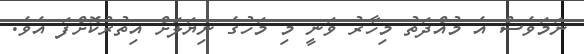
ނަމަވެސް އެ މުއްދަތު މިހާރު ވަނީ މި މަހުގެ ނިޔަލަށް އިތުރުކޮށްފަ އެވެ.